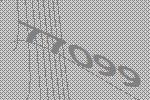
77099